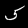
Digit: 5